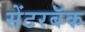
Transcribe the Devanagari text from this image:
सेंटरबॅक